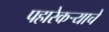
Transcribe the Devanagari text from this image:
पहारेकर्‍याचे